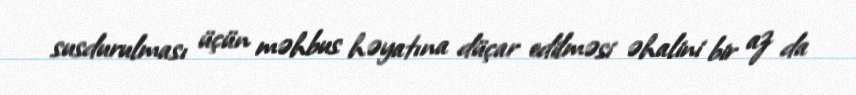
susdurulması üçün məhbus həyatına düçar edilməsi əhalini bir az da